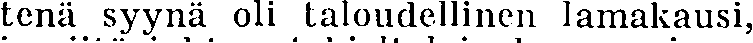
tenä syynä oli taloudellinen lamakausi,